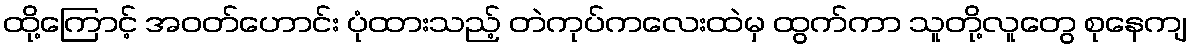
ထို့ကြောင့် အဝတ်ဟောင်း ပုံထားသည့် တဲကုပ်ကလေးထဲမှ ထွက်ကာ သူတို့လူတွေ စုနေကျ